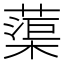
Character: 蕖